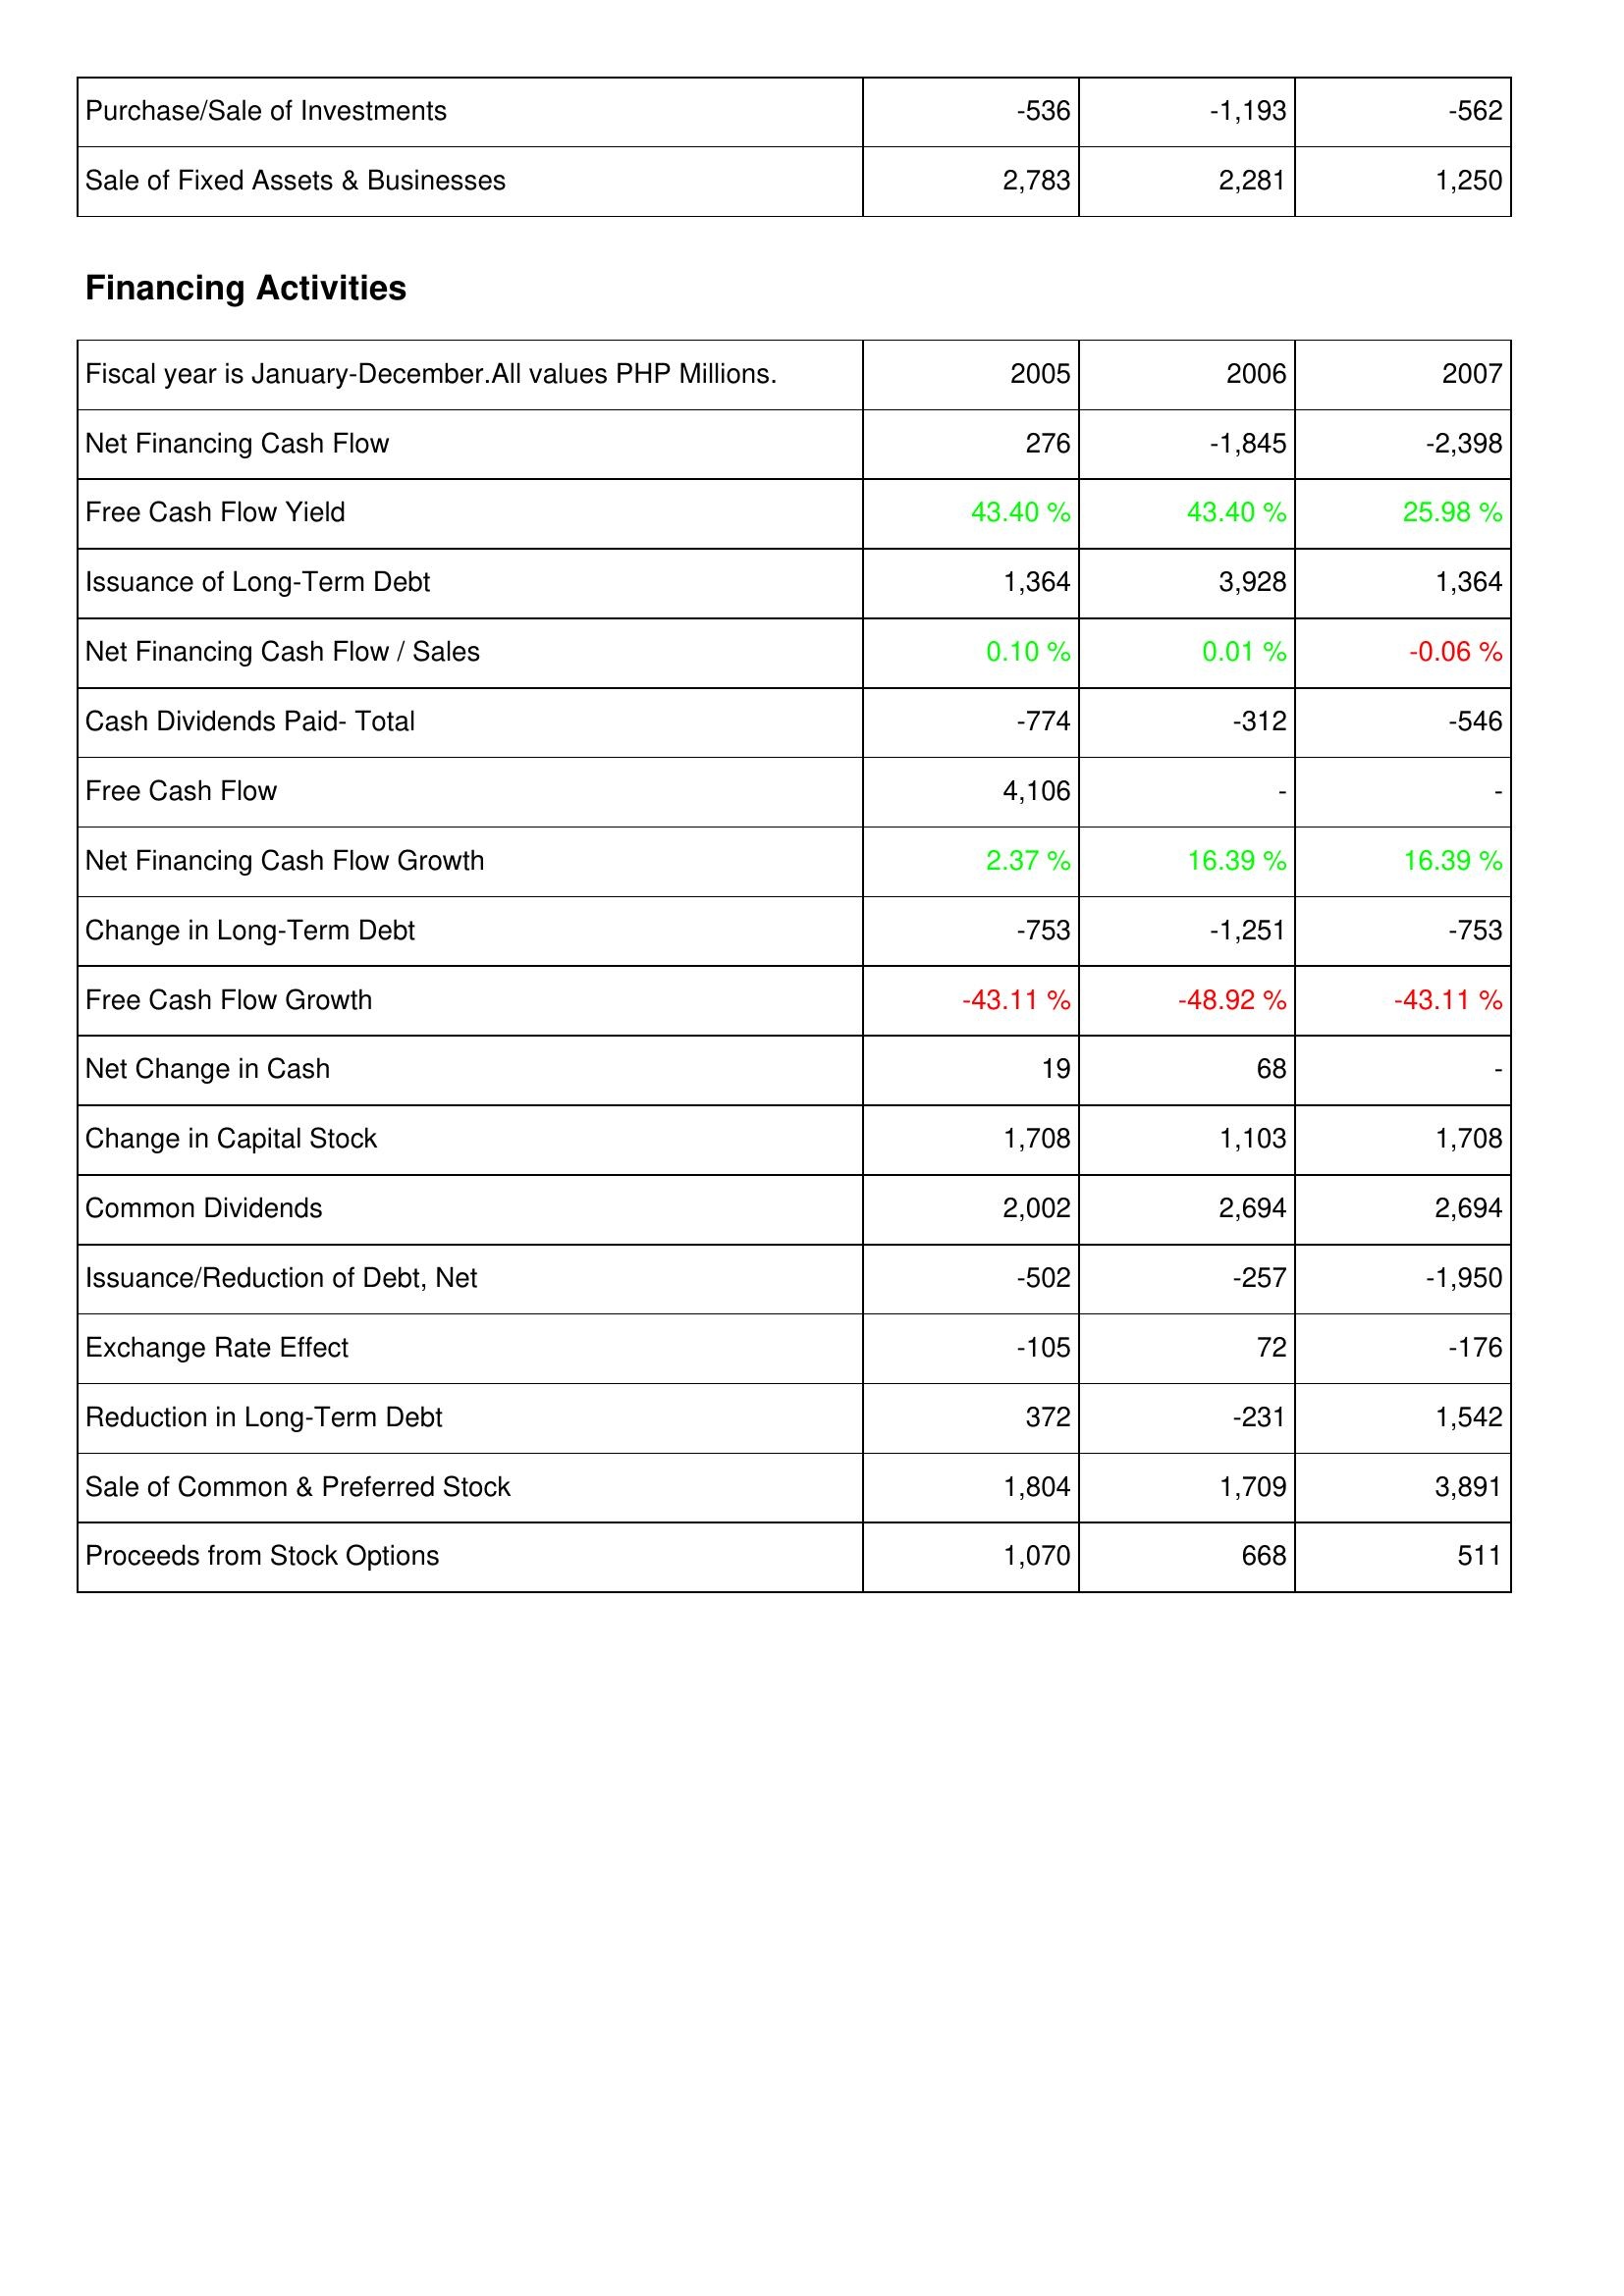
2005: Investing Activities: Purchase/Sale of Investments: -536
Sale of Fixed Assets & Businesses: 2,783
Financing Activities: Net Financing Cash Flow: 276
Free Cash Flow Yield: 43.40 %
Issuance of Long-Term Debt: 1,364
Net Financing Cash Flow / Sales: 0.10 %
Cash Dividends Paid- Total: -774
Free Cash Flow: 4,106
Net Financing Cash Flow Growth: 2.37 %
Change in Long-Term Debt: -753
Free Cash Flow Growth: -43.11 %
Net Change in Cash: 19
Change in Capital Stock: 1,708
Common Dividends: 2,002
Issuance/Reduction of Debt, Net: -502
Exchange Rate Effect: -105
Reduction in Long-Term Debt: 372
Sale of Common & Preferred Stock: 1,804
Proceeds from Stock Options: 1,070
2006: Investing Activities: Purchase/Sale of Investments: -1,193
Sale of Fixed Assets & Businesses: 2,281
Financing Activities: Net Financing Cash Flow: -1,845
Free Cash Flow Yield: 43.40 %
Issuance of Long-Term Debt: 3,928
Net Financing Cash Flow / Sales: 0.01 %
Cash Dividends Paid- Total: -312
Free Cash Flow: -
Net Financing Cash Flow Growth: 16.39 %
Change in Long-Term Debt: -1,251
Free Cash Flow Growth: -48.92 %
Net Change in Cash: 68
Change in Capital Stock: 1,103
Common Dividends: 2,694
Issuance/Reduction of Debt, Net: -257
Exchange Rate Effect: 72
Reduction in Long-Term Debt: -231
Sale of Common & Preferred Stock: 1,709
Proceeds from Stock Options: 668
2007: Investing Activities: Purchase/Sale of Investments: -562
Sale of Fixed Assets & Businesses: 1,250
Financing Activities: Net Financing Cash Flow: -2,398
Free Cash Flow Yield: 25.98 %
Issuance of Long-Term Debt: 1,364
Net Financing Cash Flow / Sales: -0.06 %
Cash Dividends Paid- Total: -546
Free Cash Flow: -
Net Financing Cash Flow Growth: 16.39 %
Change in Long-Term Debt: -753
Free Cash Flow Growth: -43.11 %
Net Change in Cash: -
Change in Capital Stock: 1,708
Common Dividends: 2,694
Issuance/Reduction of Debt, Net: -1,950
Exchange Rate Effect: -176
Reduction in Long-Term Debt: 1,542
Sale of Common & Preferred Stock: 3,891
Proceeds from Stock Options: 511